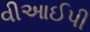
વીઆઈપી